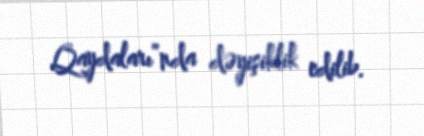
Qaydaları”nda dəyişiklik edilib.